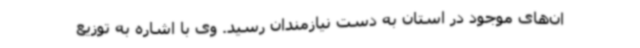
ان‌های موجود در استان به دست نیازمندان‌ رسید. وی با اشاره به توزیع